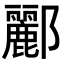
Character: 酈